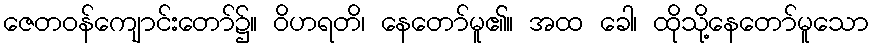
ဇေတဝန်ကျောင်းတော်၌။ ဝိဟရတိ၊ နေတော်မူ၏။ အထ ခေါ၊ ထိုသို့နေတော်မူသော